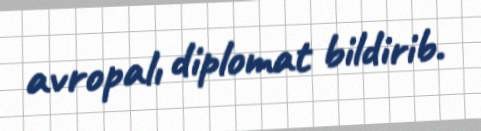
avropalı diplomat bildirib.